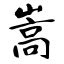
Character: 嵩